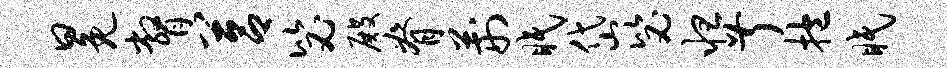
冕瞥莒毖殿脊荆眠岱毖怛叔抱眠